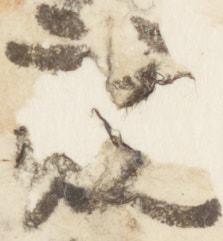
競